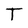
Character: T